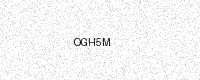
Text: OGH5M